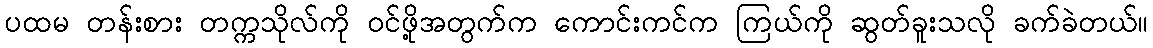
ပထမ တန်းစား တက္ကသိုလ်ကို ဝင်ဖို့အတွက်က ကောင်းကင်က ကြယ်ကို ဆွတ်ခူးသလို ခက်ခဲတယ်။